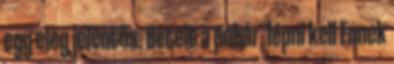
egy elég jelentős. Betelt a pohár, lépni kell Ennek